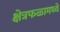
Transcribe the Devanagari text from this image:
क्षेत्रफळामध्ये